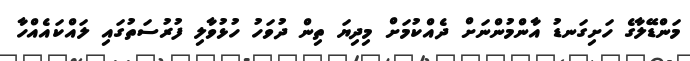
މަންޑޭލާގެ ހަށިގަނޑު އާންމުންނަށް ދެއްކުމަށް މިދިޔަ ތިން ދުވަހު ހުޅުވާލި ފުރުސަތުގައި ލައްކައެއްހާ